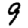
Digit: 9